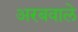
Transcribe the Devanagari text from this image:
अरबवाले